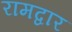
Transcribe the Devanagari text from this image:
रामद्वार